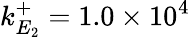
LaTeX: k_{E_{2}}^{+}=1.0\times 10^{4}